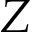
Z